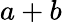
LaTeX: a+b